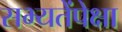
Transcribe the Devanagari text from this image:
सभ्यतेंपेक्षा